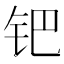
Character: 钯